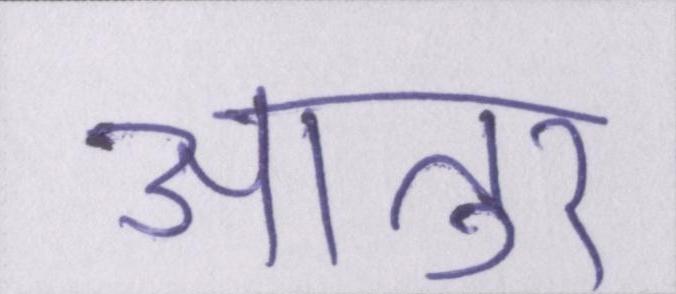
आतुर